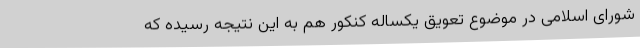
شورای اسلامی در موضوع تعویق یکساله کنکور هم به این نتیجه رسیده که